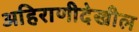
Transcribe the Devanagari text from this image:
अहिराणीदेखील